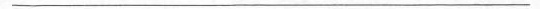
___